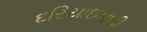
દરિયાઇખાડી